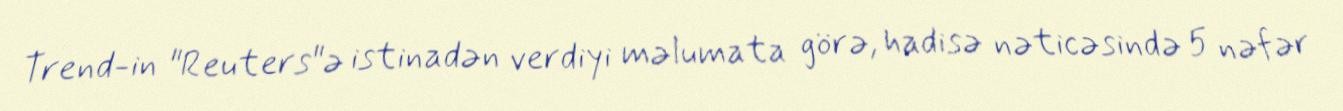
Trend-in "Reuters"ə istinadən verdiyi məlumata görə, hadisə nəticəsində 5 nəfər